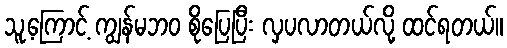
သူ့ကြောင့် ကျွန်မဘဝ စိုပြေပြီး လှပလာတယ်လို့ ထင်ရတယ်။